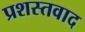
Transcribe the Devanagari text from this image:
प्रशस्तवाद